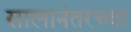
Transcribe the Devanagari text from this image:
सालानंतरच्या